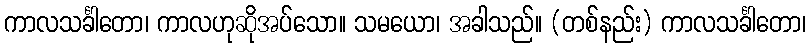
ကာလသင်္ခါတော၊ ကာလဟုဆိုအပ်သော။ သမယော၊ အခါသည်။ (တစ်နည်း) ကာလသင်္ခါတော၊